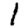
Digit: 1